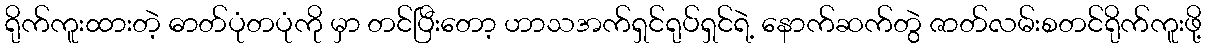
ရိုက်ကူးထားတဲ့ ဓာတ်ပုံတပုံကို မှာ တင်ပြီးတော့ ဟာသအက်ရှင်ရုပ်ရှင်ရဲ့ နောက်ဆက်တွဲ ဇာတ်လမ်းစတင်ရိုက်ကူးဖို့